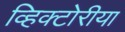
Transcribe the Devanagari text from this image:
व्हिक्टोरीया